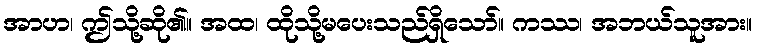
အာဟ၊ ဤသို့ဆို၏။ အထ၊ ထိုသို့မပေးသည်ရှိသော်။ ကဿ၊ အဘယ်သူအား။